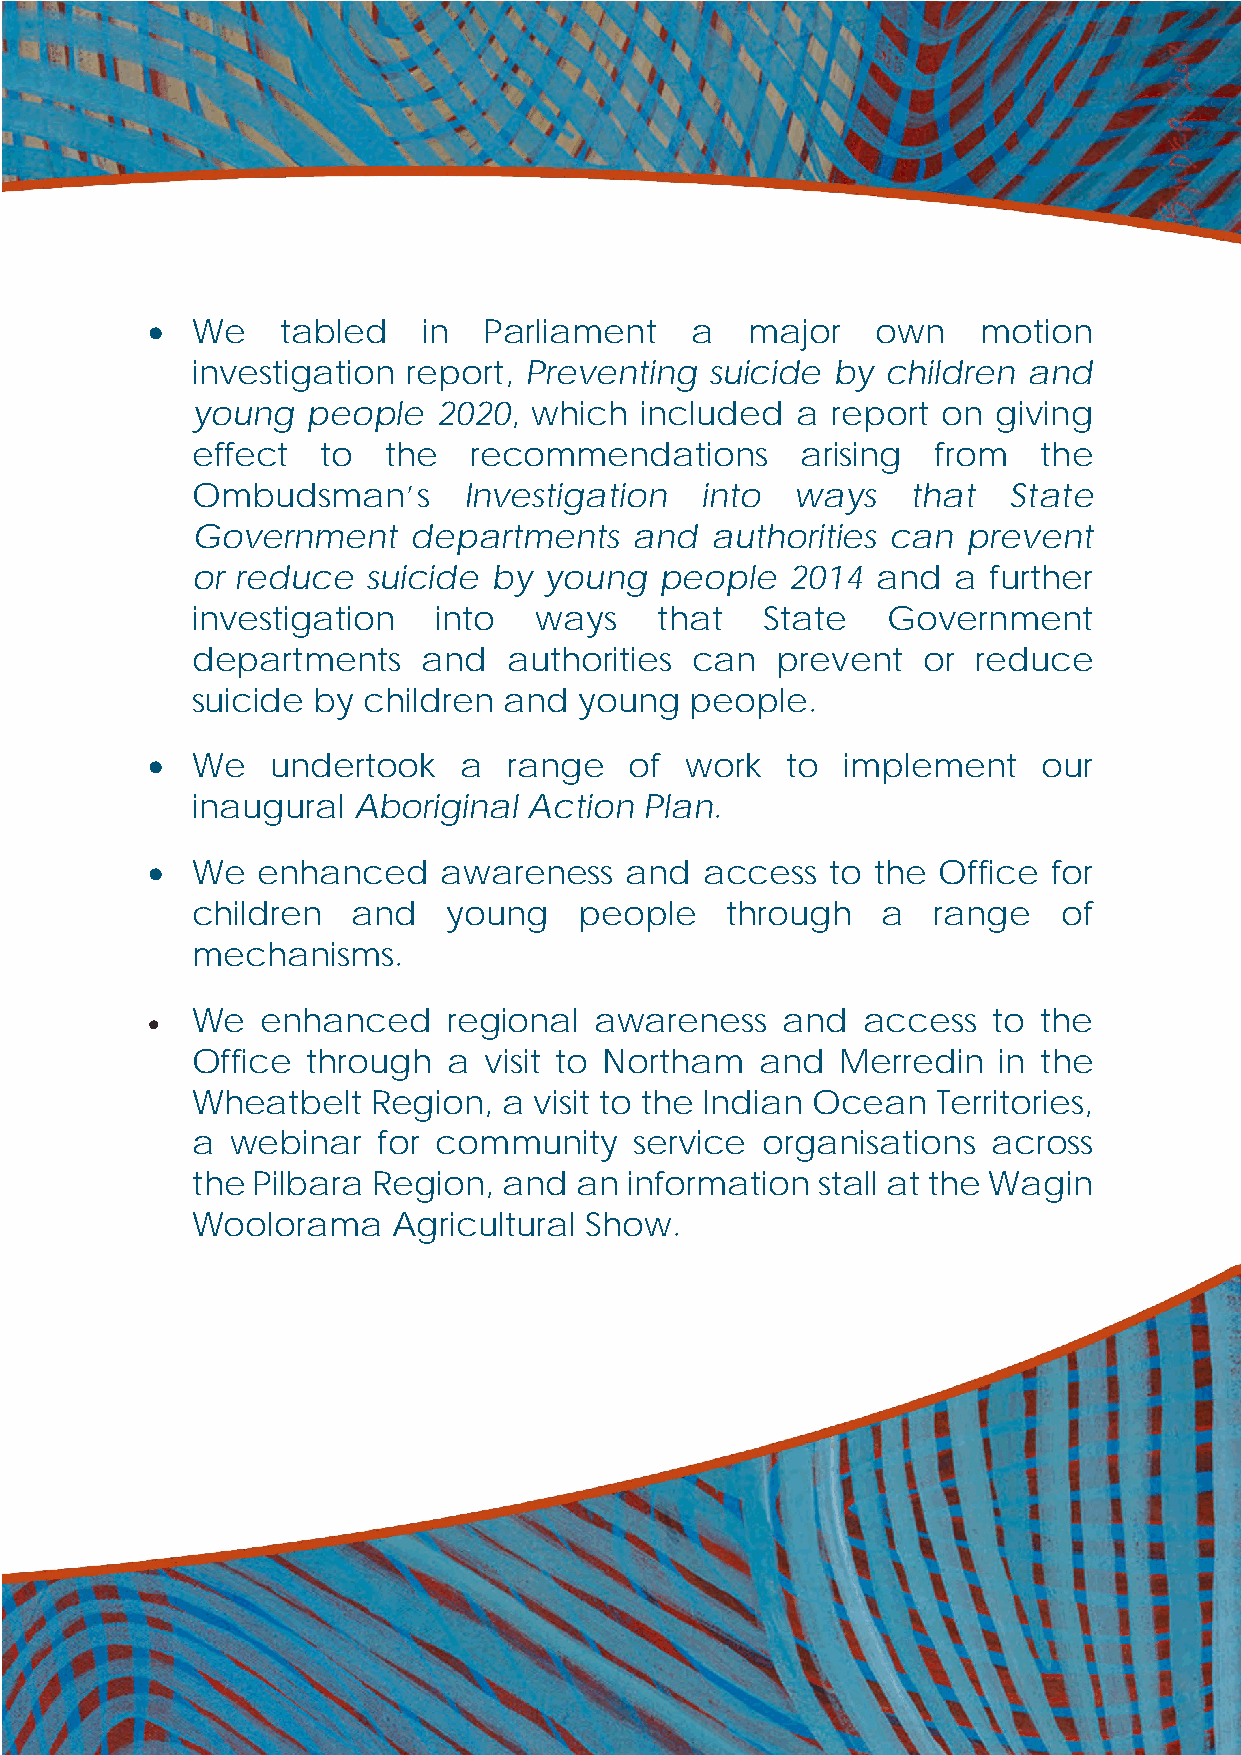
•  We    tabled   in  Parliament    a   major   own    motion
 investigation report, Preventing  suicide by  children and
 young  people   2020, which  included   a report on  giving
 effect  to   the  recommendations       arising  from   the
 Ombudsman’s       Investigation  into   ways   that   State
 Government    departments    and  authorities can  prevent
 or reduce  suicide  by young   people  2014  and  a further
 investigation   into  ways     that   State   Government
 departments    and   authorities can  prevent   or  reduce
 suicide by children and  young   people.
 •  We   undertook    a  range   of work   to  implement    our
 inaugural Aboriginal  Action  Plan.
 •  We  enhanced    awareness   and   access  to the Office  for
 children  and    young   people    through   a   range   of
 mechanisms.
 •  We  enhanced     regional awareness    and  access   to the
 Office through   a visit to Northam  and   Merredin  in the
 Wheatbelt   Region, a visit to the Indian Ocean  Territories,
 a webinar   for community    service organisations   across
 the Pilbara Region, and  an information  stall at the Wagin
 Woolorama    Agricultural Show.
 13                        Ombudsman Western Australia Annual Report 2020-21